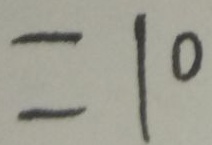
= 1 0